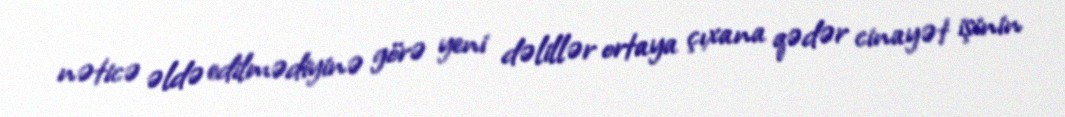
nəticə əldə edilmədiyinə görə yeni dəlillər ortaya çıxana qədər cinayət işinin